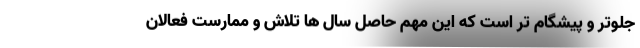
جلوتر و پیشگام تر است که این مهم حاصل سال ها تلاش و ممارست فعالان